Annual administration and progress report of the Indian Medical Department, Bombay
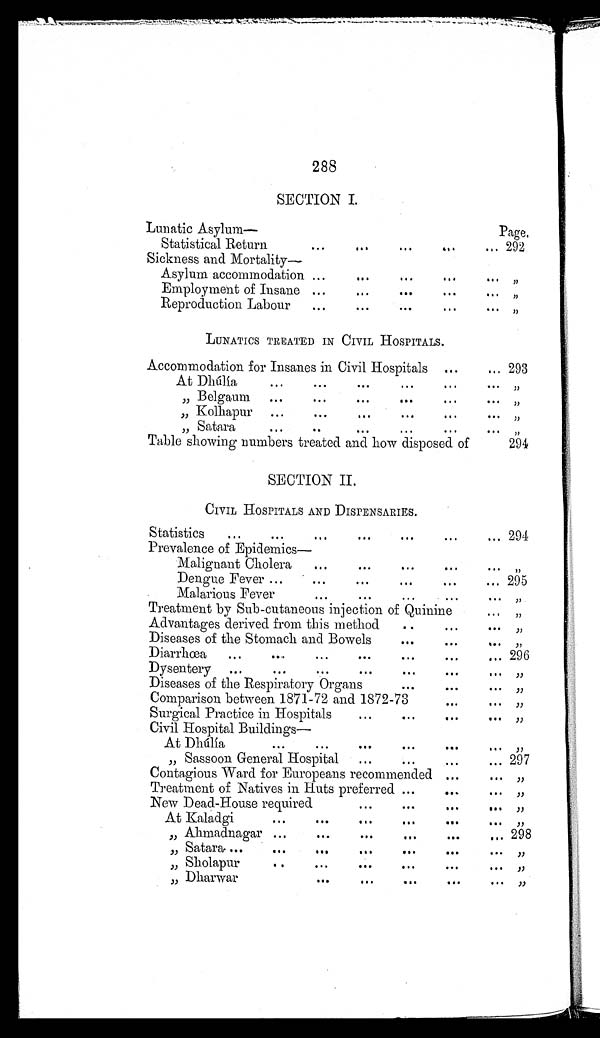
288
SECTION I.
Lunatic Asylum—
Page.
Statistical Return . . . 292
Sickness and Mortality—
Asylum accommodation . . .
"
Employment of Insane . . .
"
Reproduction Labour . . .
"
LUNATICS TREATED IN CIVIL HOSPITALS.
Accommodation for Insanes in Civil Hospitals . . . 293
At Dhúlía . . .
"
"
Belgaum
.
.
.
"
"
Kolhapur
.
.
.
"
" Satara . . .
"
Table showing numbers treated and how disposed of
294
SECTION II.
CIVIL HOSPITALS AND DISPENSARIES.
Statistics
.
.
. 294
Prevalence of Epidemics—
Malignant Cholera . . .
"
Dengue Fever
. . . 295
Malarious Fever . . .
"
Treatment by Sub-cutaneous injection of Quinine
"
Advantages derived from this method . . .
"
Diseases of the Stomach and Bowels . . .
"
Diarrhœa
.
.
. 296
Dysentery
.
.
.
"
Diseases of the Respiratory Organs . . .
"
Comparison between 1871-72 and 1872-73 . . .
"
Surgical Practice in Hospitals . . .
"
Civil Hospital Buildings—
At
Dhúlía
.
.
.
"
" S a s s o o n G e n e r a l H o s p i t a l . . .
297
Contagious Ward for Europeans recommended . . .
"
Treatment of Natives in Huts preferred . . .
"
New Dead-House required . . .
"
At
Kaladgi
.
.
.
"
"
Ahmadnagar . . . 298
"
Satara
.
.
.
"
"
Sholapur
.
.
.
"
" Dharwar
.
.
.
"